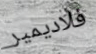
فلاديمير